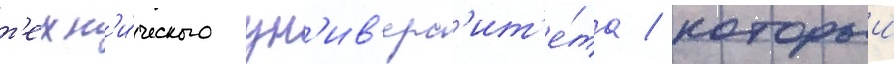
т'ехн'и́ческого ун'ив'ерс'ит'е́та / которыи